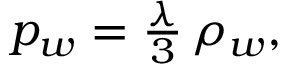
\begin{array} { r } { p _ { w } = \frac { \lambda } { 3 } \, \rho _ { w } , } \end{array}